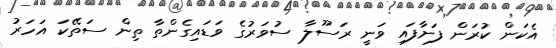
އެކަން ކުރަން ފަށާފައި ވަނީ ރަސޫލާ ސުވަރުގެ ވަޑައިގެންތާ ތިން ސަތޭކަ އަހަރު